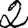
Digit: 2